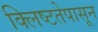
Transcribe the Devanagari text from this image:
क्लिष्टतेपासून